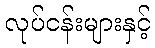
လုပ်ငန်းများနှင့်